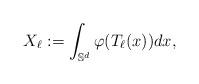
LaTeX: \begin{align*}X_\ell := \int_{\mathbb S^d} \varphi(T_\ell(x)) dx,\end{align*}